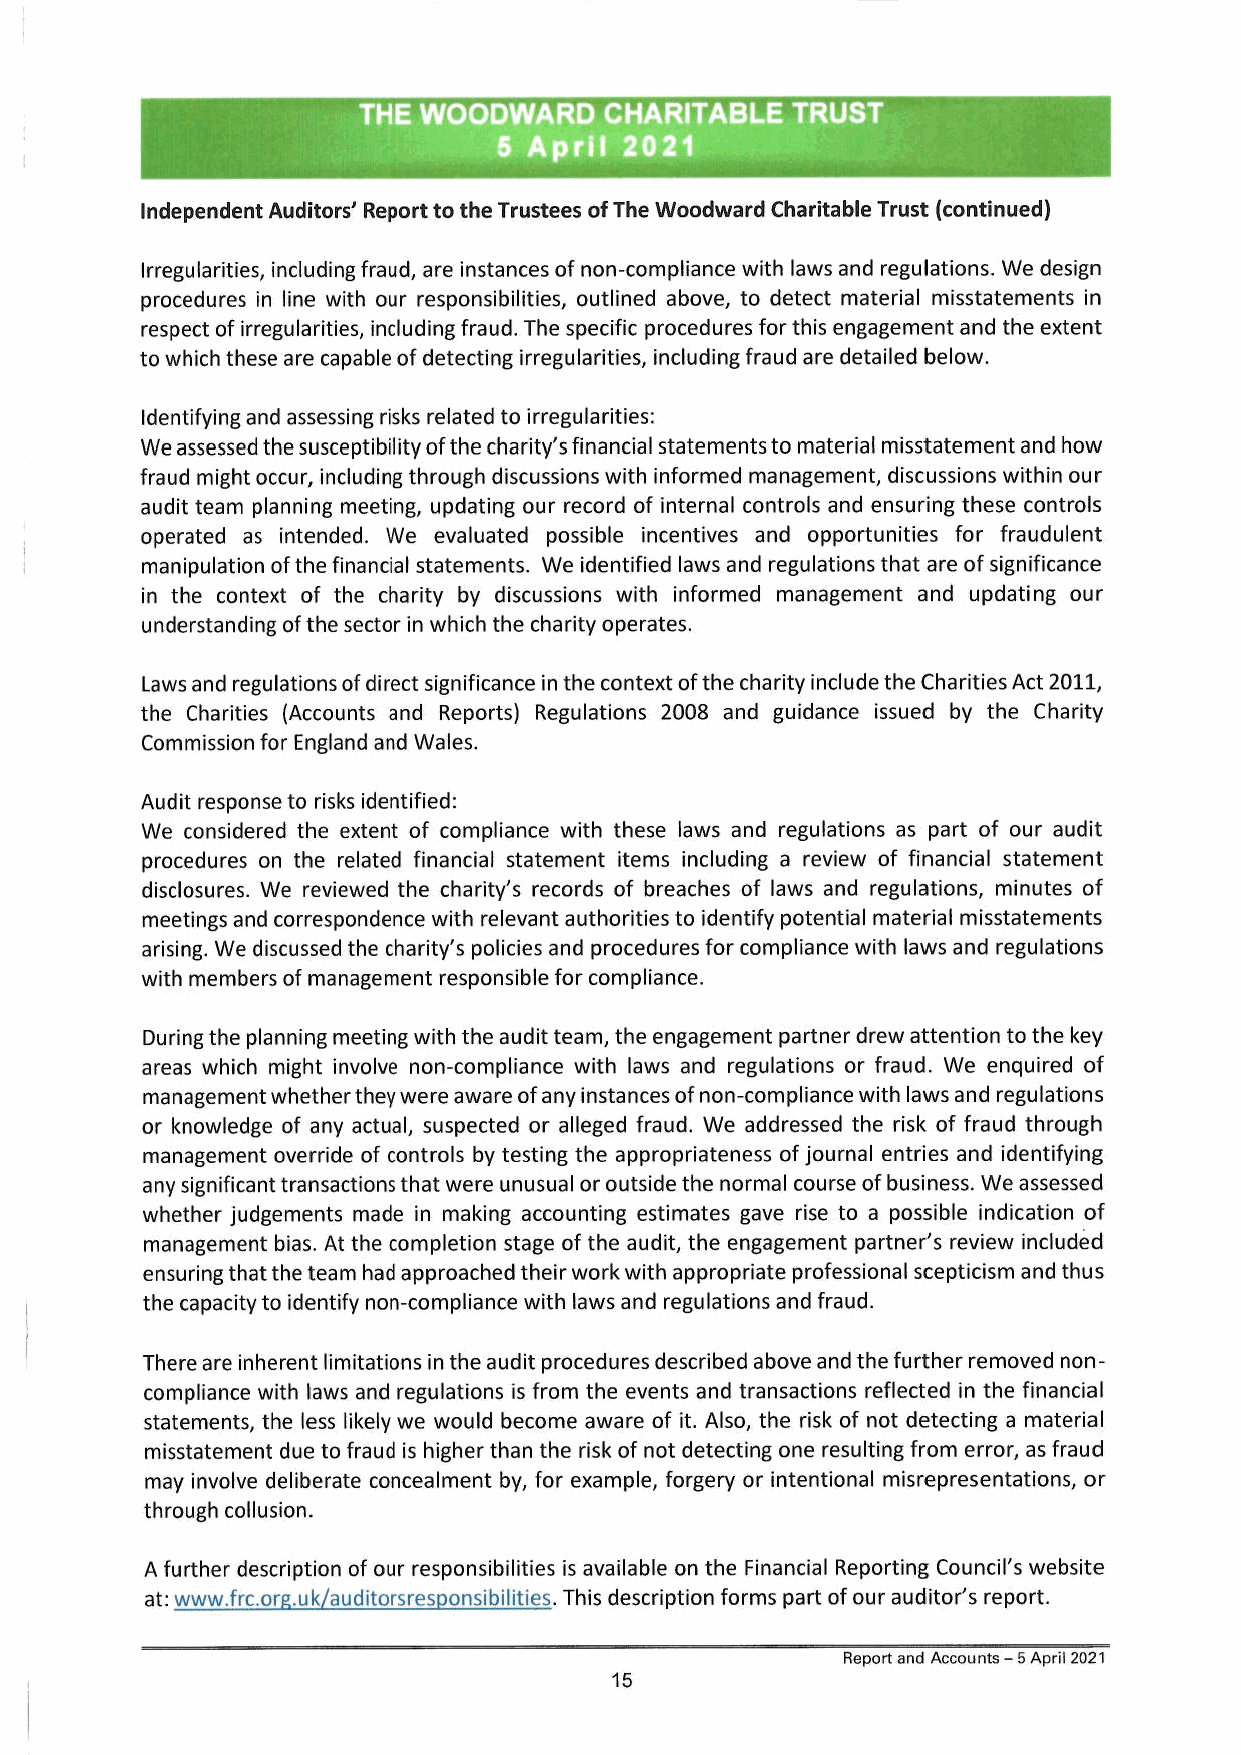
Independent Auditors’ Report to the Trustees of The Woodward Charitable Trust (continued)
 Irregularities, including fraud, are instances of non-compliance with laws and regulations. We design
 procedures in line with our responsibilities, outlined above, to detect material misstatements in
 respect of irregularities, including fraud. The specific procedures for this engagement and the extent
 to which these are capable of detecting irregularities, including fraud are detailed below.
 Identifying and assessing risks related to irregularities:
 We assessed the susceptibility of the charity’s financial statements to material misstatement and how
 fraud might occur, including through discussions with informed management, discussions within our
 audit team planning meeting, updating our record of internal controls and ensuring these controls
 operated as intended. We evaluated possible incentives and opportunities for fraudulent
 manipulation of the financial statements. We identified laws and regulations that are of significance
 in the context of the charity by discussions with informed management and updating our
 understanding of the sector in which the charity operates.
 Laws and regulations of direct significance in the context of the charity include the Charities Act 2011,
 the Charities (Accounts and Reports) Regulations 2008 and guidance issued by the Charity
 Commission for England and Wales.
 Audit response to risks identified:
 We considered the extent of compliance with these laws and regulations as part of our audit
 procedures on the related financial statement items including a review of financial statement
 disclosures. We reviewed the charity’s records of breaches of laws and regulations, minutes of
 meetings and correspondence with relevant authorities to identify potential material misstatements
 arising. We discussed the charity's policies and procedures for compliance with laws and regulations
 with members of management responsible for compliance.
 During the planning meeting with the audit team, the engagement partner drew attention to the key
 areas which might involve non-compliance with laws and regulations or fraud. We enquired of
 management whether they were aware of any instances of non-compliance with laws and regulations
 or knowledge of any actual, suspected or alleged fraud. We addressed the risk of fraud through
 management override of controls by testing the appropriateness of journal entries and identifying
 any significant transactions that were unusual or outside the normal course of business. We assessed
 whether judgements made in making accounting estimates gave rise to a possible indication of
 management bias. At the completion stage of the audit, the engagement partner’s review included
 ensuring that the team had approached their work with appropriate professional scepticism and thus
 the capacity to identify non-compliance with laws and regulations and fraud.
 There are inherent limitations in the audit procedures described above and the further removed non-
 compliance with laws and regulations is from the events and transactions reflected in the financial
 statements, the less likely we would become aware of it. Also, the risk of not detecting a material
 misstatement due to fraud is higher than the risk of not detecting one resulting from error, as fraud
 may involve deliberate concealment by, for example, forgery or intentional misrepresentations, or
 through collusion.
 A further description of our responsibilities is available on the Financial Reporting Council's website
 at: www.frc.org.uk/auditorsresponsibilities. This description forms part of our auditor’s report.
 Report and Accounts — 5 April 2021
 15